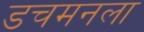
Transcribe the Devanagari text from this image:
डचमनला